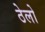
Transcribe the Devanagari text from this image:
ठेलो